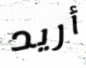
أريد